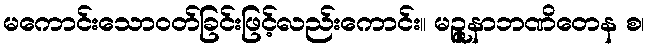
မကောင်းသောဝတ်ခြင်းဖြင့်လည်းကောင်း။ မဉ္ဇူနာဘဏိတေန စ၊